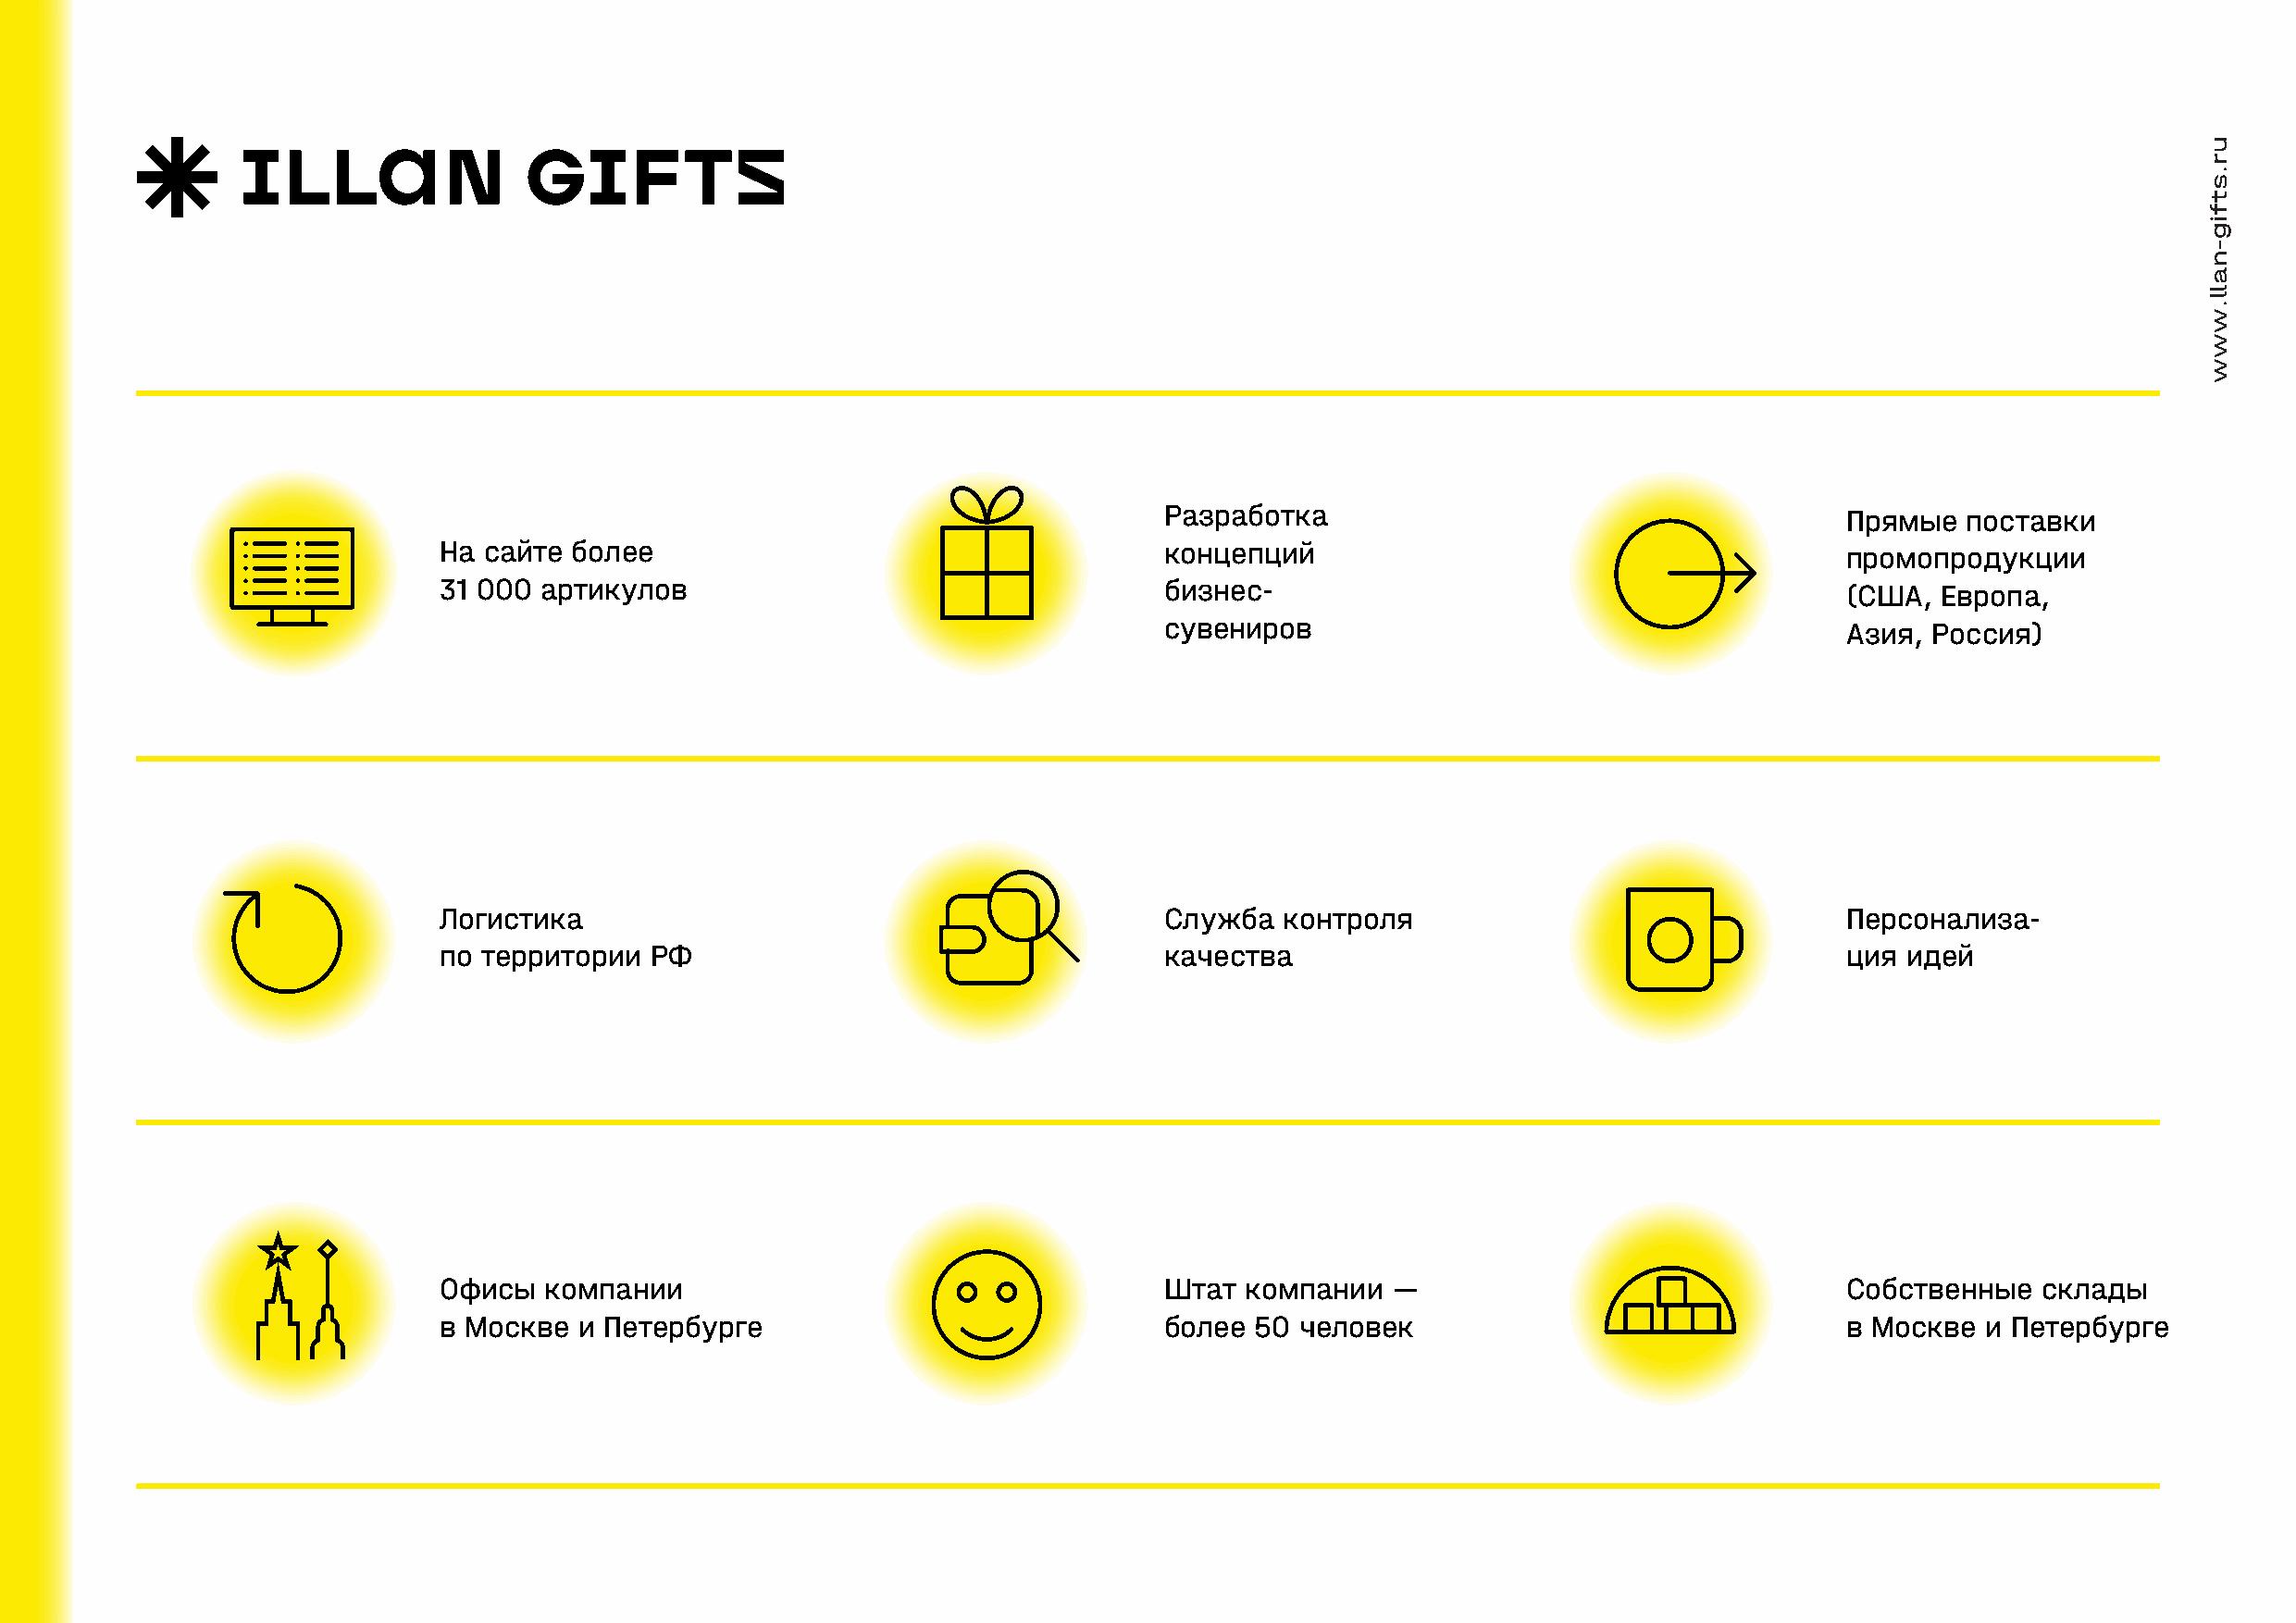
Разработка                                       Прямые   поставки
 На  сайте более                                     концепций                                        промопродукции
 31 000  артикулов                                   бизнес-                                          (США,  Европа,
 сувениров                                        Азия, Россия)
 Логистика                                           Служба   контроля                                Персонализа-
 по территории  РФ                                   качества                                         ция идей
 Офисы   компании                                    Штат  компании   —                               Собственные   склады
 в Москве  и Петербурге                              более  50 человек                                в Москве  и Петербурге
 ur.stfig-nall.www